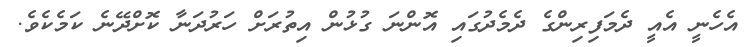
އެހެނީ އެއީ ދެމަފިރިންގެ ދެމެދުގައި އޮންނަ ގުޅުން އިތުރަށް ހަރުދަނާ ކޮށްދޭނެ ކަމެކެވެ.